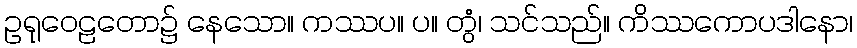
ဥရုဝေဠတော၌ နေသော။ ကဿပ။ ပ။ တွံ၊ သင်သည်။ ကိဿကောပဒါနော၊